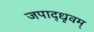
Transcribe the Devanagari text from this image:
जपाद्‌धृवम्